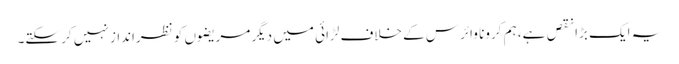
یہ ایک بڑا نقص ہے، ہم کرونا وائرس کے خلاف لڑائی میں دیگر مریضوں کو نظرانداز نہیں کر سکتے۔